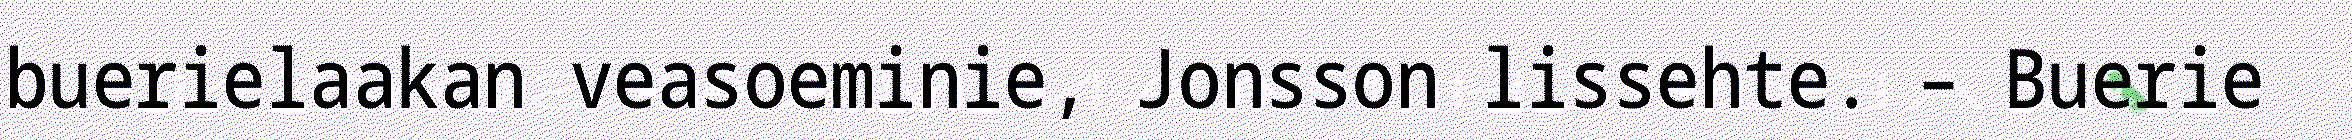
buerielaakan veasoeminie, Jonsson lissehte. – Buerie